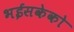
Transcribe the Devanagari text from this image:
भईसकेको